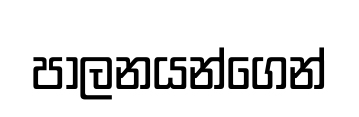
පාලනයන්ගෙන්